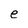
Character: e